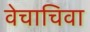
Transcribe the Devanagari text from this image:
वेचाचिवा